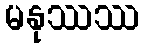
မနုဿဿ